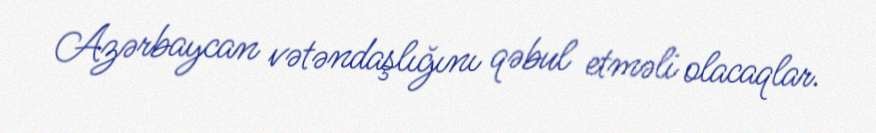
Azərbaycan vətəndaşlığını qəbul etməli olacaqlar.